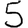
Digit: 5